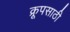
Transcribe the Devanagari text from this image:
क्रूपसाठी